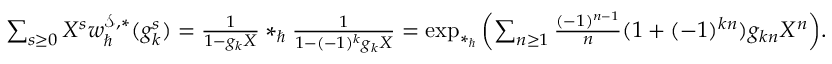
\begin{array} { r } { \sum _ { s \ge 0 } X ^ { s } w _ { \hbar } ^ { \mathcal { S } , \ast } ( g _ { k } ^ { s } ) = \frac { 1 } { 1 - g _ { k } X } \ast _ { \hbar } \frac { 1 } { 1 - ( - 1 ) ^ { k } g _ { k } X } = \exp _ { \ast _ { \hbar } } { \left( \sum _ { n \ge 1 } \frac { ( - 1 ) ^ { n - 1 } } { n } ( 1 + ( - 1 ) ^ { k n } ) g _ { k n } X ^ { n } \right) } . } \end{array}